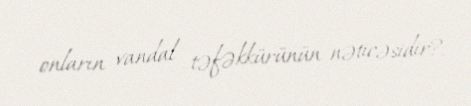
onların vandal təfəkkürünün nəticəsidir?.